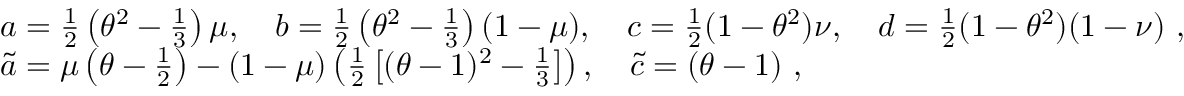
\begin{array} { r l } & { a = \frac { 1 } { 2 } \left( \theta ^ { 2 } - \frac { 1 } { 3 } \right) \mu , \quad b = \frac { 1 } { 2 } \left( \theta ^ { 2 } - \frac { 1 } { 3 } \right) ( 1 - \mu ) , \quad c = \frac { 1 } { 2 } ( 1 - \theta ^ { 2 } ) \nu , \quad d = \frac { 1 } { 2 } ( 1 - \theta ^ { 2 } ) ( 1 - \nu ) \ , } \\ & { \tilde { a } = \mu \left( \theta - \frac { 1 } { 2 } \right) - ( 1 - \mu ) \left( \frac { 1 } { 2 } \left[ ( \theta - 1 ) ^ { 2 } - \frac { 1 } { 3 } \right] \right) , \quad \tilde { c } = ( \theta - 1 ) \ , } \end{array}